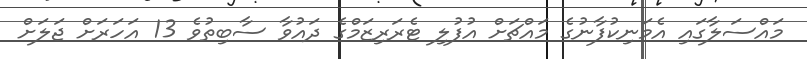
މައްސަލާގައި އެމަނިކުފާނުގެ މައްޗަށް އުފުލި ޓެރަރިޒަމްގެ ދައުވާ ސާބިތުވެ 13 އަހަރަށް ޖަލަށް